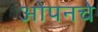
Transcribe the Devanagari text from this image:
ओपनचे